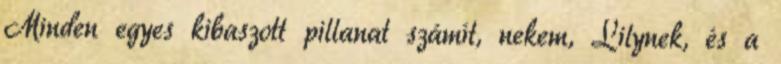
Minden egyes kibaszott pillanat számít, nekem, Lilynek, és a